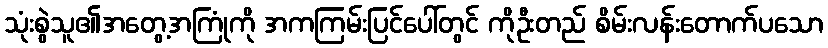
သုံးစွဲသူ၏အတွေ့အကြုံကို အကကြမ်းပြင်ပေါ်တွင် ကိုဦးတည် စိမ်းလန်းတောက်ပသော